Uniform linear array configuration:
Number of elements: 12
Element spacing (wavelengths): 0.5
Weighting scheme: exponential
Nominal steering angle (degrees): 0
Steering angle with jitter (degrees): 1.695
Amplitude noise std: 0.05
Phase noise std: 0.05

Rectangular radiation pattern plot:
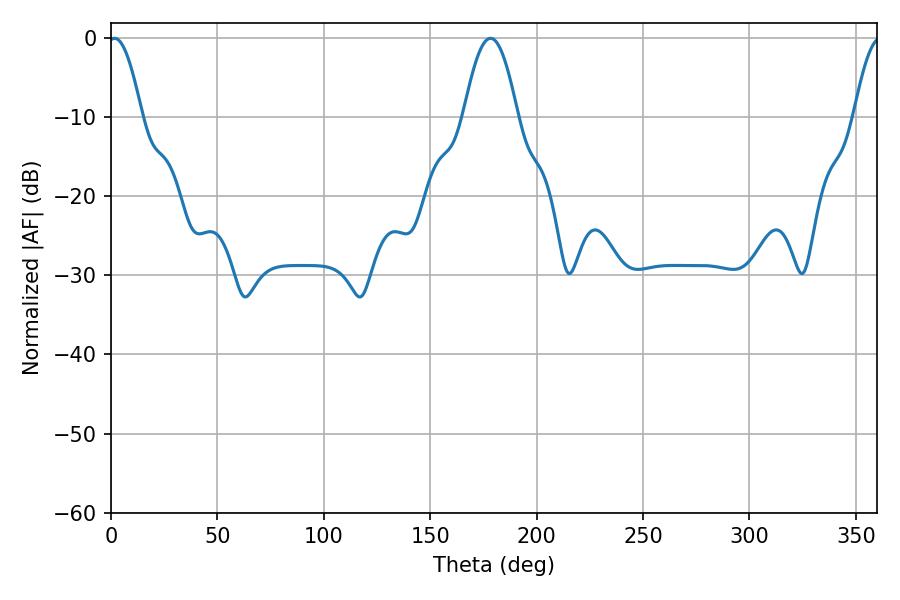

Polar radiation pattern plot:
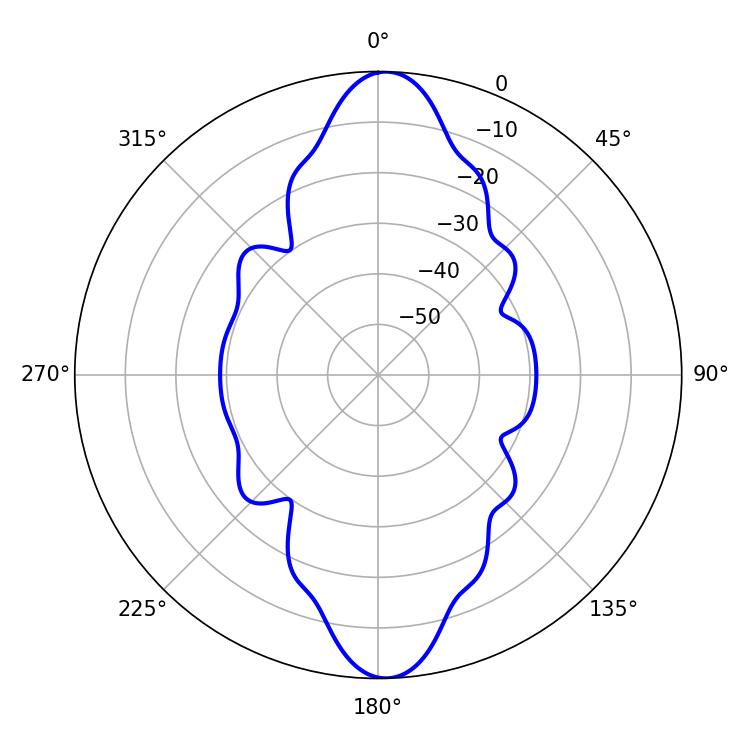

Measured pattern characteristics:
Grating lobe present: FALSE
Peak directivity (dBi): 20.471
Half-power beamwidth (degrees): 8.64
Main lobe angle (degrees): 1.62